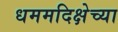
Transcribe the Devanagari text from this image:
धममदिक्षेच्या